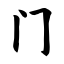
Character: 门